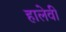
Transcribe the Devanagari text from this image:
हालेवी